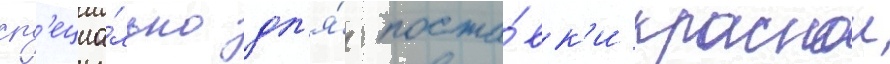
сп'ециа́льно дл'я́ поста́вк'и краснои